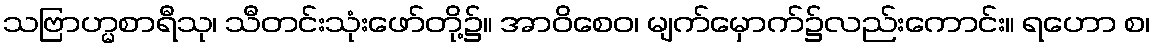
သဗြာဟ္မစာရီသု၊ သီတင်းသုံးဖော်တို့၌။ အာဝိစေဝ၊ မျက်မှောက်၌လည်းကောင်း။ ရဟော စ၊